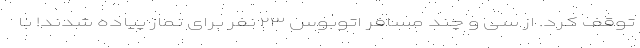
توقف کرد. از سی و چند مسافر اتوبوس ۲۳ نفر برای نماز پیاده شدند! با